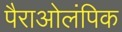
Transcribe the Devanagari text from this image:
पैराओलंपिक